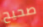
صحيح